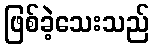
ဖြစ်ခဲ့သေးသည်